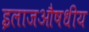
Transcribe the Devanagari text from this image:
इलाजऔषधीय